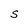
Character: S